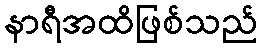
နာရီအထိဖြစ်သည်